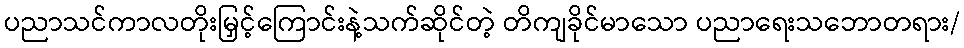
ပညာသင်ကာလတိုးမြှင့်ကြောင်းနဲ့သက်ဆိုင်တဲ့ တိကျခိုင်မာသော ပညာရေးသဘောတရား/